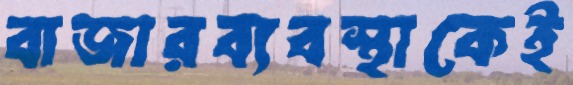
বাজারব্যবস্থাকেই